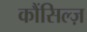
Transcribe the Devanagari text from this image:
कौंसिल्‍ज़